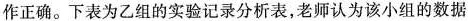
作正确。下表为乙组的实验记录分析表，老师认为该小组的数据